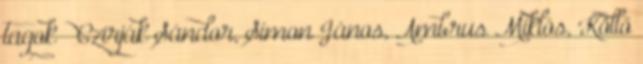
tagok – Czirják Sándor, Simon János, Ambrus Miklós, Köllő